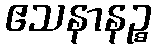
ဧသနာနဉ္စ